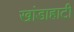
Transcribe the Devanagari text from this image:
खांडाहाटी